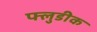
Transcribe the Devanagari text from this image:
फ्लुडीक